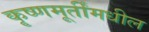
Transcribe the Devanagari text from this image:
कृष्णमूर्तींमधील